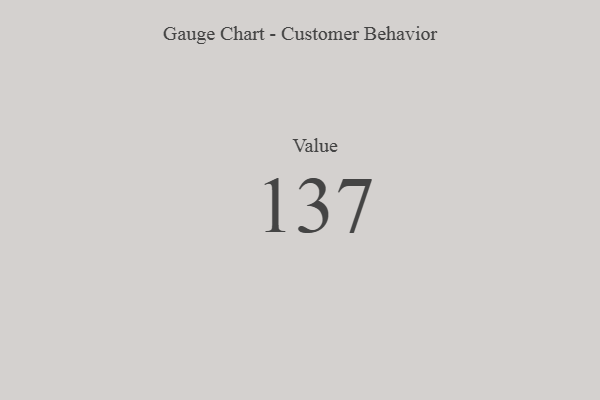
{"axis": {"x": "Metric", "y": "Value"}, "legend": [""], "data": [{"x": "Value", "y": 137, "type": ""}]}